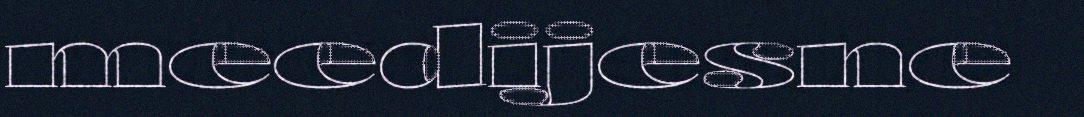
meedijesne